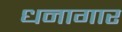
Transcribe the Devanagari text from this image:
धनागार